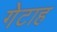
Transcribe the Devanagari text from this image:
गेटाह